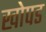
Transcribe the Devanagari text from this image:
खोपड